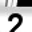
Digit: 2